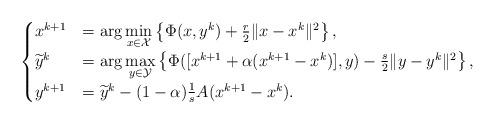
LaTeX: \begin{align*}\begin{cases}{x}^{k+1}&=\arg\min\limits_{x\in\mathcal{X}}\left\{\Phi(x,y^k)+\frac{r}{2}\|x-x^k\|^2\right\},\\\widetilde{y}^k&=\arg\max\limits_{y\in\mathcal{Y}}\left\{\Phi([{x}^{k+1}+\alpha({x}^{k+1}-x^k)],y)-\frac{s}{2}\|y-y^k\|^2\right\},\\y^{k+1}&=\widetilde{y}^k-(1-\alpha)\frac{1}{s}A(x^{k+1}-x^k).\end{cases}\end{align*}